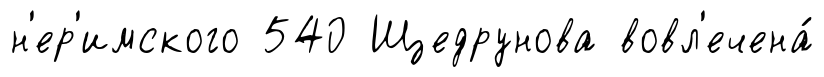
н'ер'имского 540 Щедрунова вовл'ечена́